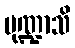
မုဏ္ဍာသိ